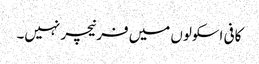
کافی اسکولوں میں فرنیچر نہیں۔